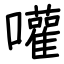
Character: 嚾